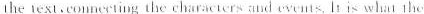
the text.eouncrting the characters ndevents, It is what the